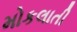
મોકલાતી